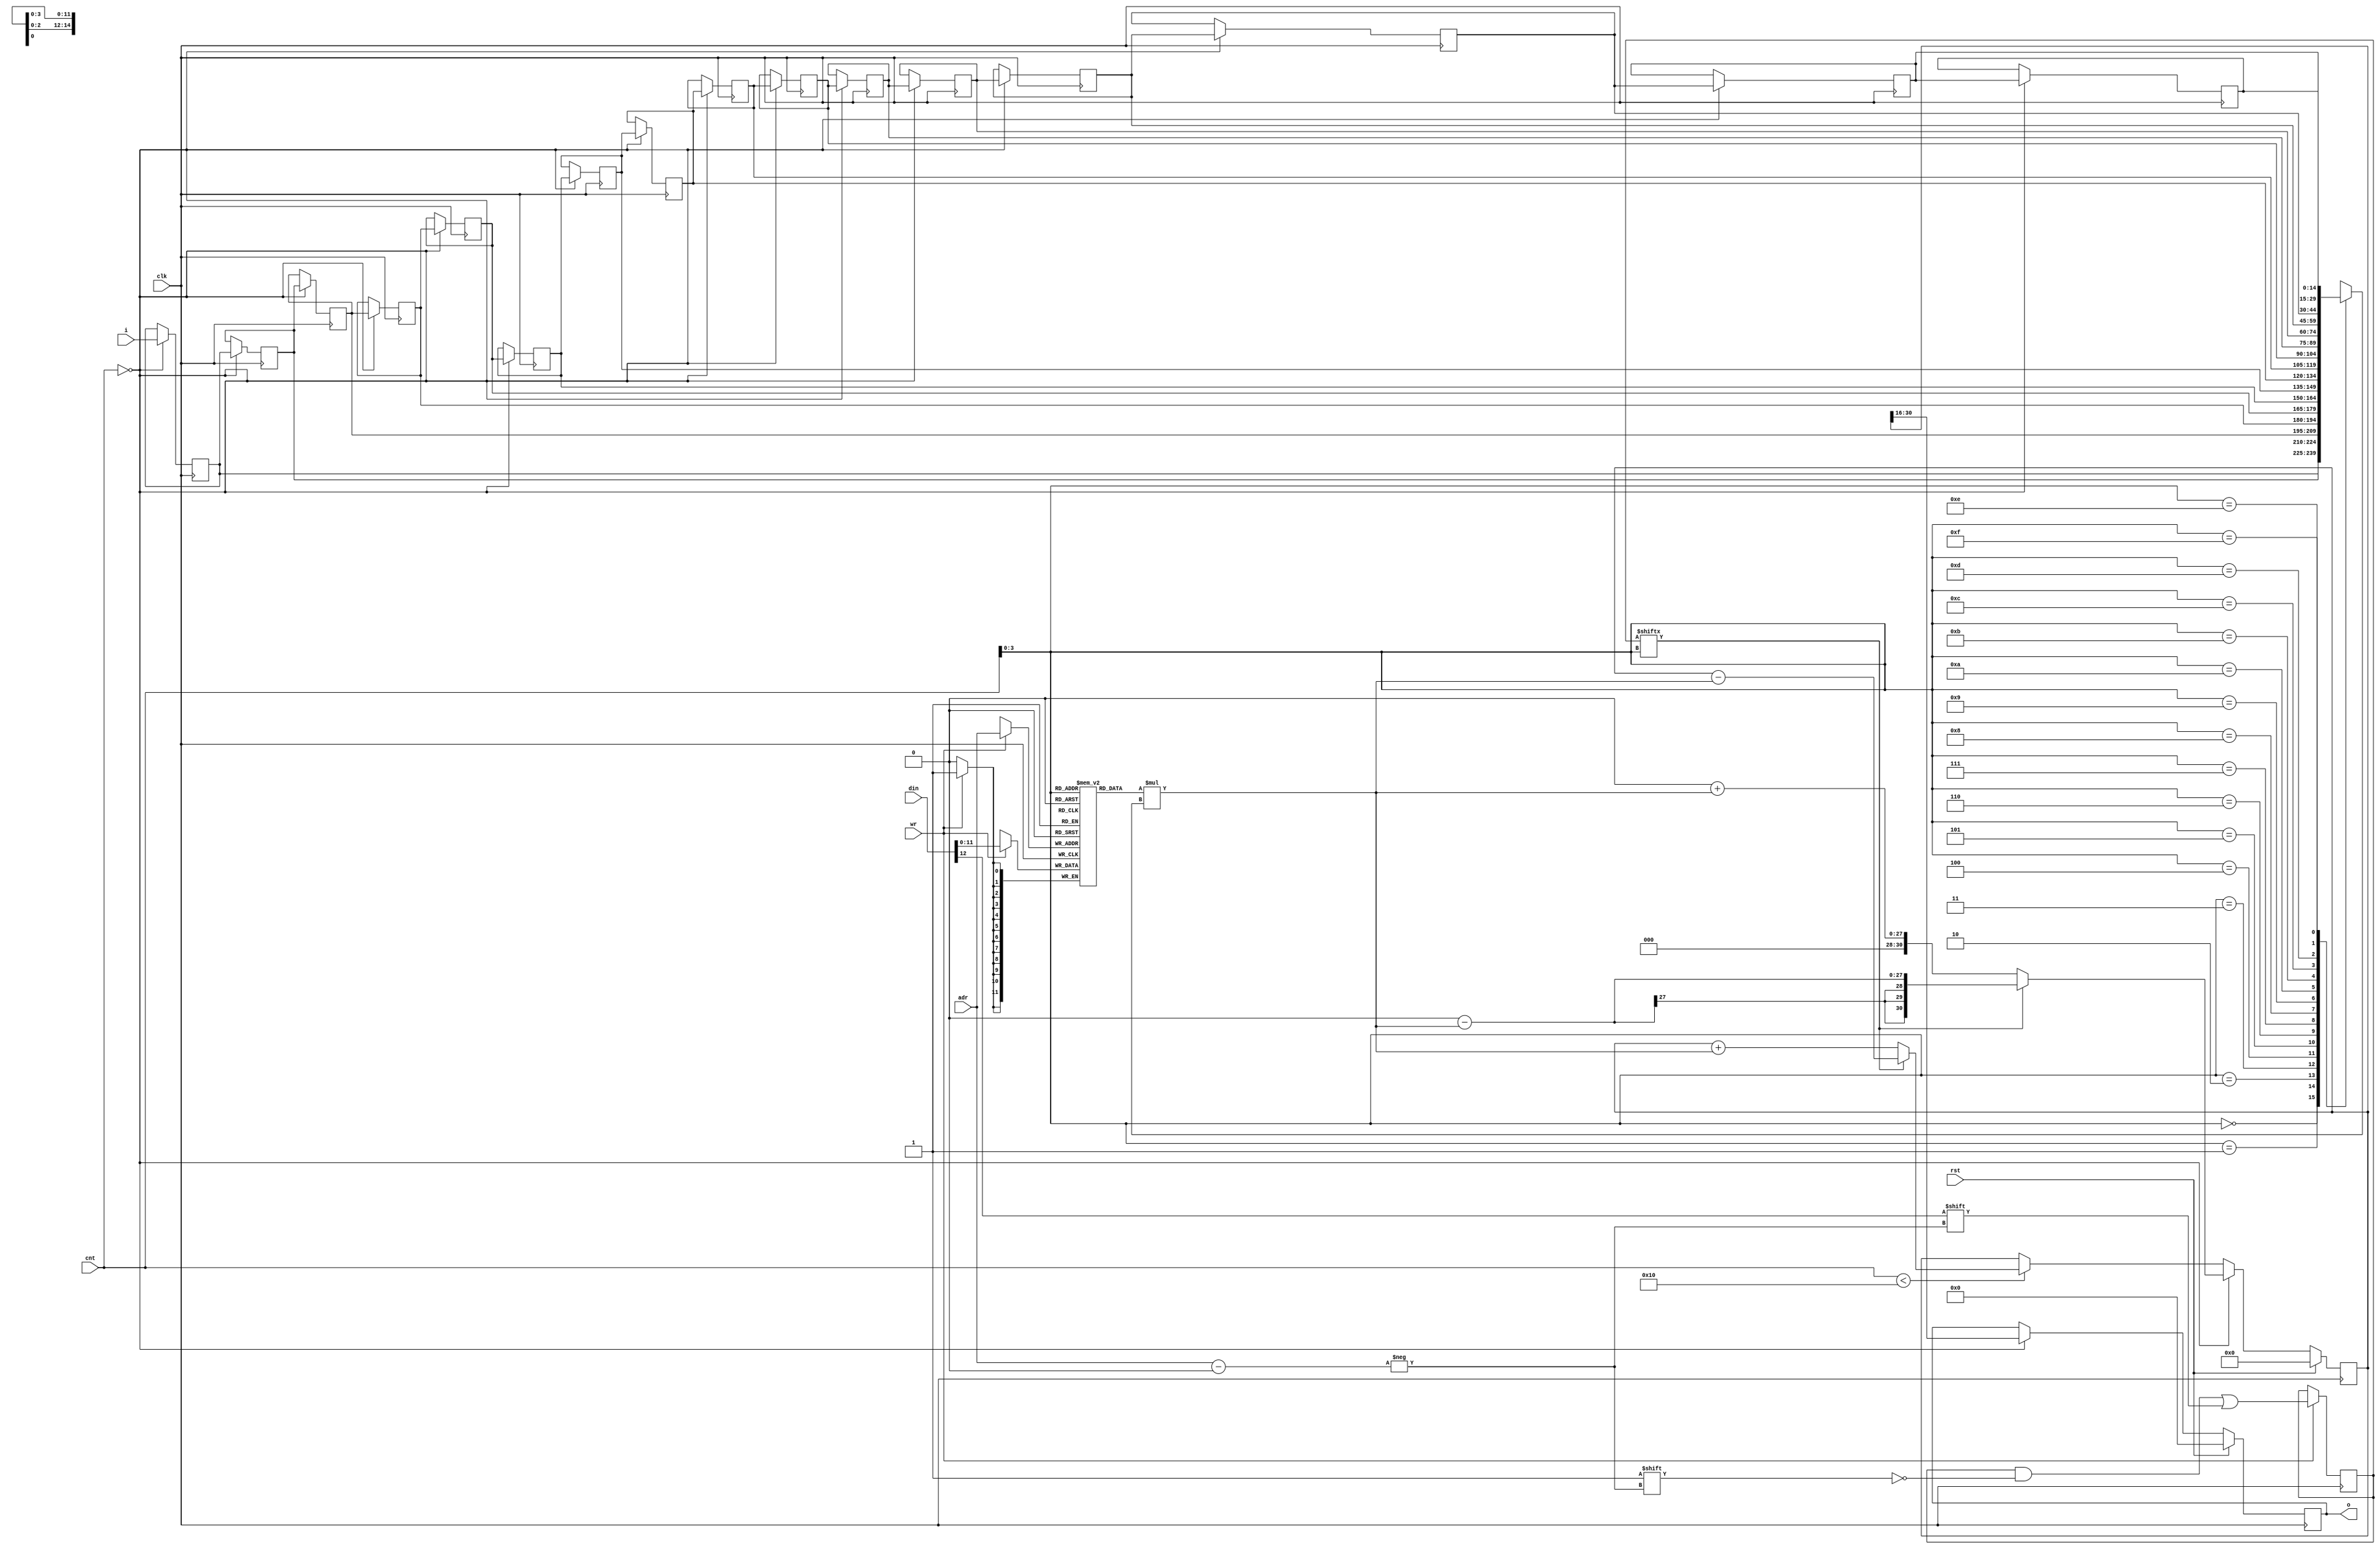
/* ============================================================================
	(C) 2007  Robert Finch
	All rights reserved.

	PSGFilter.v
	Version 1.1

    This source code is available for evaluation and validation purposes
    only. This copyright statement and disclaimer must remain present in
    the file.


	NO WARRANTY.
    THIS Work, IS PROVIDEDED "AS IS" WITH NO WARRANTIES OF ANY KIND, WHETHER
    EXPRESS OR IMPLIED. The user must assume the entire risk of using the
    Work.

    IN NO EVENT SHALL THE AUTHOR OR CONTRIBUTORS BE LIABLE FOR ANY
    INCIDENTAL, CONSEQUENTIAL, OR PUNITIVE DAMAGES WHATSOEVER RELATING TO
    THE USE OF THIS WORK, OR YOUR RELATIONSHIP WITH THE AUTHOR.

    IN ADDITION, IN NO EVENT DOES THE AUTHOR AUTHORIZE YOU TO USE THE WORK
    IN APPLICATIONS OR SYSTEMS WHERE THE WORK'S FAILURE TO PERFORM CAN
    REASONABLY BE EXPECTED TO RESULT IN A SIGNIFICANT PHYSICAL INJURY, OR IN
    LOSS OF LIFE. ANY SUCH USE BY YOU IS ENTIRELY AT YOUR OWN RISK, AND YOU
    AGREE TO HOLD THE AUTHOR AND CONTRIBUTORS HARMLESS FROM ANY CLAIMS OR
    LOSSES RELATING TO SUCH UNAUTHORIZED USE.


        16-tap digital filter

    Currently this filter is only partially tested. The author believes that
    the approach used is valid however.
	The author opted to include the filter because it is part of the design,
	and even this untested component can provide an idea of the resource
	requirements, and device capabilities.
		This is a "how one might approach the problem" example, at least
	until the author is sure the filter is working correctly.
        
	Time division multiplexing is used to implement this filter in order to
	reduce the resource requirement. This should be okay because it is being
	used to filter audio signals. The effective operating frequency of the
	filter depends on the 'cnt' supplied (eg 1MHz)

	Spartan3
	Webpack 9.1i xc3s1000-4ft256
	158 LUTs / 88 slices / 73.865MHz
	1 MULT
============================================================================ */

module PSGFilter(rst, clk, cnt, wr, adr, din, i, o);
parameter pTaps = 16;
input rst;
input clk;
input [7:0] cnt;
input wr;
input [3:0] adr;
input [12:0] din;
input [14:0] i;
output [14:0] o;
reg [14:0] o;

reg [30:0] acc;                 // accumulator
reg [14:0] tap [0:pTaps-1];     // tap registers
integer n;

// coefficient memory
reg [11:0] coeff [0:pTaps-1];   // magnitude of coefficient
reg [pTaps-1:0] sgn;            // sign of coefficient


// update coefficient memory
always @(posedge clk)
    if (wr) begin
        coeff[adr] <= din[11:0];
        sgn[adr] <= din[12];
    end

// shift taps
// Note: infer a dsr by NOT resetting the registers
always @(posedge clk)
    if (cnt==8'd0) begin
        tap[0] <= i;
        for (n = 1; n < pTaps; n = n + 1)
        	tap[n] <= tap[n-1];
    end

wire [26:0] mult = coeff[cnt[3:0]] * tap[cnt[3:0]];

always @(posedge clk)
    if (rst)
        acc <= 0;
    else if (cnt==8'd0)
        acc <= sgn[cnt[3:0]] ? 0 - mult : 0 + mult;
    else if (cnt < pTaps)
        acc <= sgn[cnt[3:0]] ? acc - mult : acc + mult;

always @(posedge clk)
    if (rst)
        o <= 0;
    else if (cnt==8'd0)
        o <= acc[30:16];

endmodule